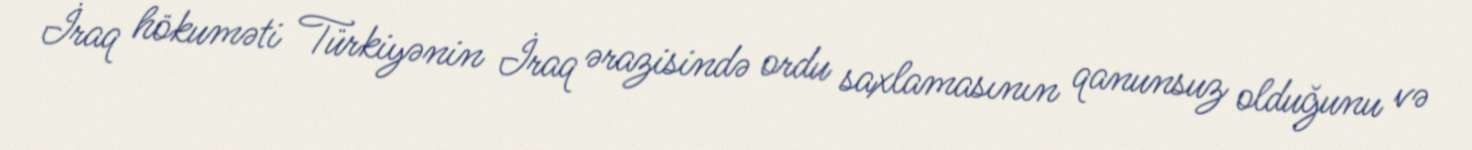
İraq hökuməti Türkiyənin İraq ərazisində ordu saxlamasının qanunsuz olduğunu və